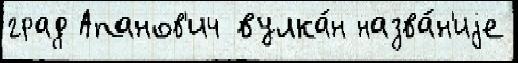
град Апанов'ич вулка́н назва́н'иjе